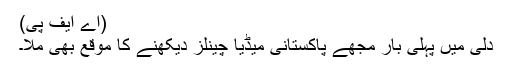
(اے ایف پی)
دلی میں پہلی بار مجھے پاکستانی میڈیا چینلز دیکھنے کا موقع بھی ملا۔